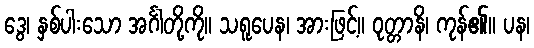
ဒွေ၊ နှစ်ပါးသော အင်္ဂါတို့ကို။ သရူပေန၊ အားဖြင့်။ ဝုတ္တာနိ၊ ကုန်၏။ ပန၊